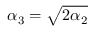
\alpha _ { 3 } = \sqrt { 2 \alpha _ { 2 } }